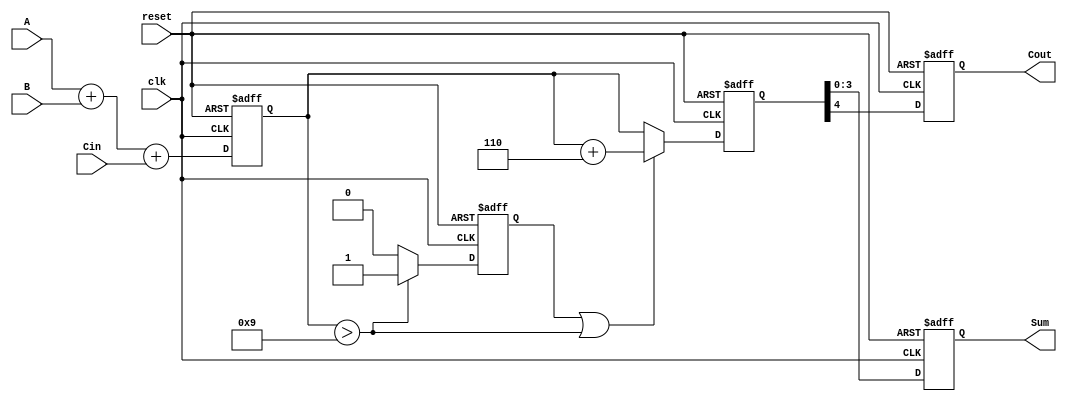
module BCD_Pipelined_Adder (
    input wire [3:0] A,         // First BCD digit
    input wire [3:0] B,         // Second BCD digit
    input wire Cin,             // Carry-in
    input wire clk,             // Clock
    input wire reset,           // Reset
    output reg [3:0] Sum,       // BCD Sum output
    output reg Cout             // Carry-out
);

    // Internal wires for the pipeline stages
    reg [4:0] raw_sum;          // 5-bit to accommodate sum and carry
    reg [4:0] corrected_sum;    // 5-bit for corrected sum
    reg carry_out_stage1;       // Carry out from stage 1

    // Stage 1: Binary Addition
    always @(posedge clk or posedge reset) begin
        if (reset) begin
            raw_sum <= 5'b0;
            carry_out_stage1 <= 1'b0;
        end else begin
            raw_sum <= A + B + Cin; // Add A, B, and carry-in
            carry_out_stage1 <= (raw_sum > 9) ? 1'b1 : 1'b0; // Determine carry out
        end
    end

    // Stage 2: BCD Correction
    always @(posedge clk or posedge reset) begin
        if (reset) begin
            corrected_sum <= 5'b0;
        end else begin
            if (carry_out_stage1 || raw_sum > 9) begin
                corrected_sum <= raw_sum + 5'b0110; // Add 6 for BCD correction
            end else begin
                corrected_sum <= raw_sum; // No correction needed
            end
        end
    end

    // Stage 3: Output Stage
    always @(posedge clk or posedge reset) begin
        if (reset) begin
            Sum <= 4'b0;
            Cout <= 1'b0;
        end else begin
            Sum <= corrected_sum[3:0]; // Take lower 4 bits as the BCD sum
            Cout <= corrected_sum[4];   // Carry-out is the 5th bit
        end
    end

endmodule